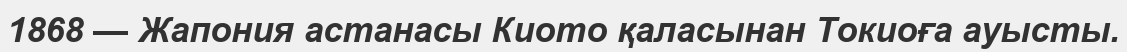
1868 — Жапония астанасы Киото қаласынан Токиоға ауысты.